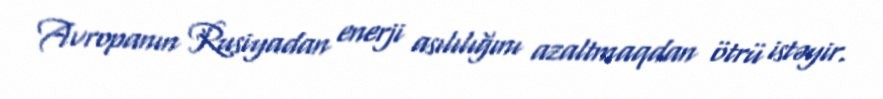
Avropanın Rusiyadan enerji asılılığını azaltmaqdan ötrü istəyir.